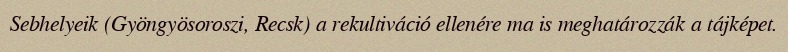
Sebhelyeik (Gyöngyösoroszi, Recsk) a rekultiváció ellenére ma is meghatározzák a tájképet.